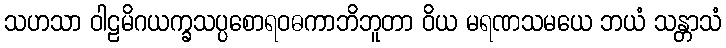
သဟသာ ဝါဠမိဂယက္ခသပ္ပစောရဝဓကာဘိဘူတာ ဝိယ မရဏသမယေ ဘယံ သန္တာသံ